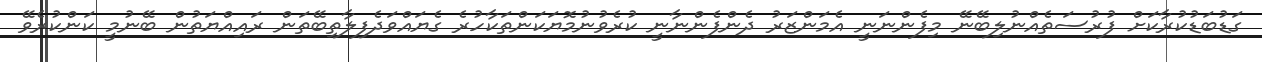
ގަޑުބަޑުކުރާކަށް ފުރުސަތެއްނުލިބޭނޭ މިފެންނަނީ އެމަންޒަރު ދެންފެންނާނީ ކުރެވުނުމޮޔަކަންތަކާހުރެ ގެޔައްވަދެފިލާތިބޭތަން ރައިއްޔަތުން ބޭނުމީ ކަންކުރެވޭ